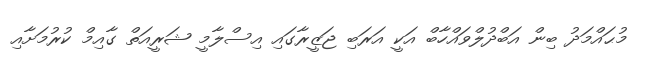
މުޙައްމަދު ބިން އަބްދުލްވައްހާބް އަކީ އަރަބި ޖަޒީރާގައި އިސްލާމީ ޝަރީއަތް ގާއިމް ކުރުމަށާއި